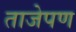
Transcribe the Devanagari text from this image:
ताजेपण